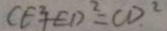
C E ^ { 2 } E D ^ { 2 } = C D ^ { 2 }